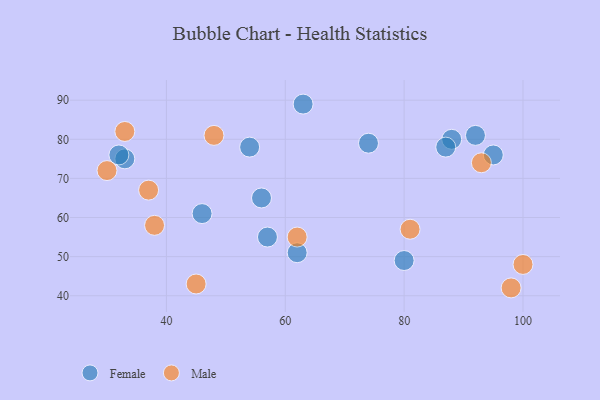
{"axis": {"x": "GDP", "y": "Life Expectancy"}, "legend": ["Female", "Male"], "data": [{"x": "63", "y": 89, "type": "Female"}, {"x": "88", "y": 80, "type": "Female"}, {"x": "33", "y": 75, "type": "Female"}, {"x": "80", "y": 49, "type": "Female"}, {"x": "92", "y": 81, "type": "Female"}, {"x": "32", "y": 76, "type": "Female"}, {"x": "87", "y": 78, "type": "Female"}, {"x": "62", "y": 51, "type": "Female"}, {"x": "57", "y": 55, "type": "Female"}, {"x": "54", "y": 78, "type": "Female"}, {"x": "95", "y": 76, "type": "Female"}, {"x": "74", "y": 79, "type": "Female"}, {"x": "46", "y": 61, "type": "Female"}, {"x": "56", "y": 65, "type": "Female"}, {"x": "37", "y": 67, "type": "Male"}, {"x": "81", "y": 57, "type": "Male"}, {"x": "93", "y": 74, "type": "Male"}, {"x": "38", "y": 58, "type": "Male"}, {"x": "45", "y": 43, "type": "Male"}, {"x": "33", "y": 82, "type": "Male"}, {"x": "98", "y": 42, "type": "Male"}, {"x": "30", "y": 72, "type": "Male"}, {"x": "100", "y": 48, "type": "Male"}, {"x": "62", "y": 55, "type": "Male"}, {"x": "48", "y": 81, "type": "Male"}]}